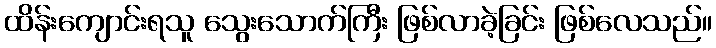
ထိန်းကျောင်းရသူ သွေးသောက်ကြီး ဖြစ်လာခဲ့ခြင်း ဖြစ်လေသည်။